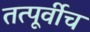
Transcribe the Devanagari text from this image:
तत्पूर्वीच